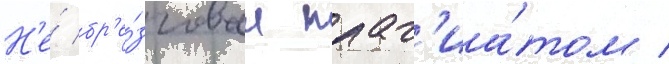
Н'е́ бр'е́зговал плаг'иа́том /